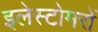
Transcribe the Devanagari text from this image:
इलेस्टोमरों